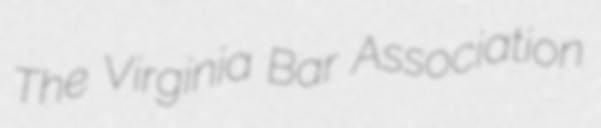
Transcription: The Virginia Bar Association